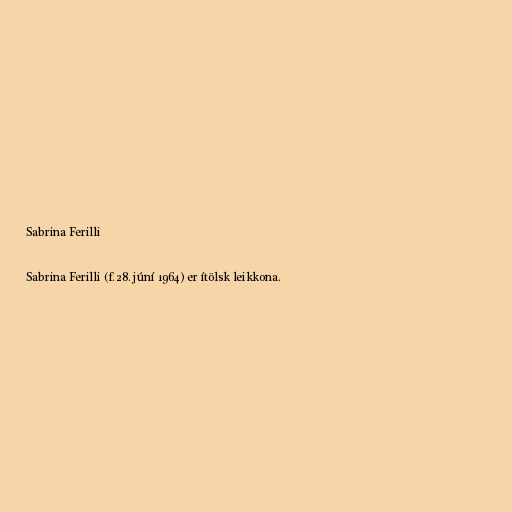
Sabrina Ferilli

Sabrina Ferilli (f. 28. júní 1964) er ítölsk leikkona.